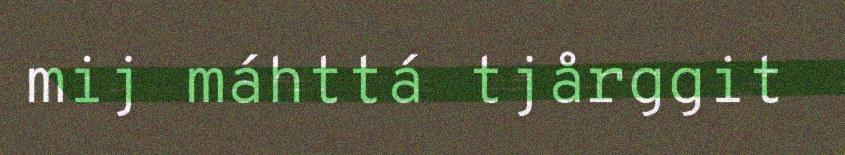
mij máhttá tjårggit